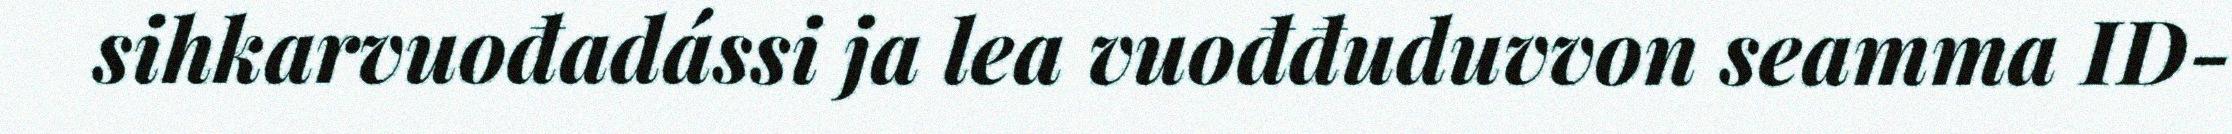
sihkarvuođadássi ja lea vuođđuduvvon seamma ID-